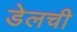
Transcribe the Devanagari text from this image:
डेलची